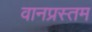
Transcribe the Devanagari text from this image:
वानप्रस्तम